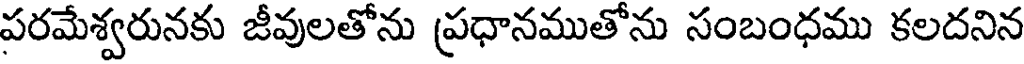
పరమేశ్వరునకు జీవులతోను ప్రధానముతోను సంబంధము కలదనిన